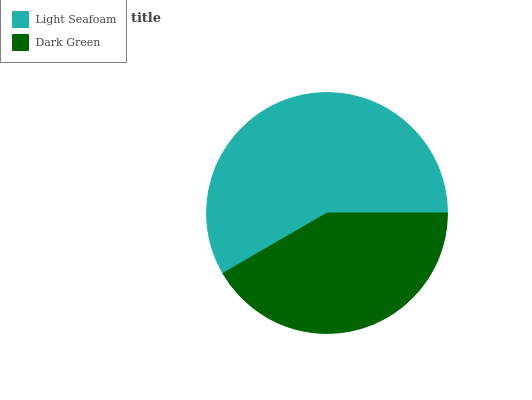
| Light Seafoam | Dark Green |
 | --- | --- |
 | 58.3% | 41.7% |